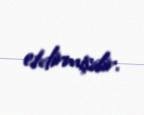
etdirmişdir.